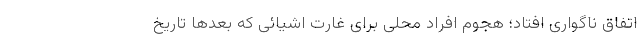
اتفاق ناگواری افتاد؛ هجوم افراد محلی برای غارت اشیائی که بعدها تاریخ